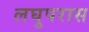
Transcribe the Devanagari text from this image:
लघुपरास